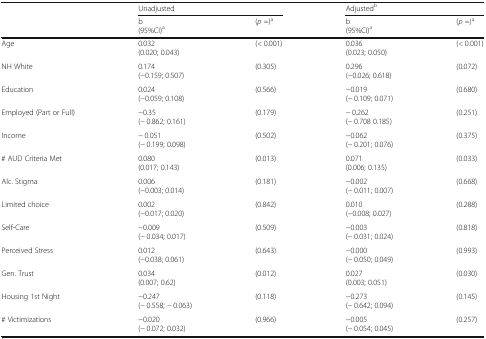
<table><thead><tr><td rowspan="2"></td><td colspan="2"><b>Unadjusted</b></td><td colspan="2"><b>Adjusted<sup>b</sup></b></td></tr><tr><td><b>b(95%CI)<sup>a</sup></b></td><td><b>(<i>p</i> =)<sup>a</sup></b></td><td><b>b(95%CI)<sup>a</sup></b></td><td><b>(<i>p</i> =)<sup>a</sup></b></td></tr></thead><tbody><tr><td>Age</td><td>0.032(0.020; 0.043)</td><td>(&lt; 0.001)</td><td>0.036(0.023; 0.050)</td><td>(&lt; 0.001)</td></tr><tr><td>NH White</td><td>0.174(−0.159; 0.507)</td><td>(0.305)</td><td>0.296(−0.026; 0.618)</td><td>(0.072)</td></tr><tr><td>Education</td><td>0.024(−0.059; 0.108)</td><td>(0.566)</td><td>−0.019(− 0.109; 0.071)</td><td>(0.680)</td></tr><tr><td>Employed (Part or Full)</td><td>−0.35(− 0.862; 0.161)</td><td>(0.179)</td><td>− 0.262(− 0.708 0.185)</td><td>(0.251)</td></tr><tr><td>Income</td><td>− 0.051(− 0.199; 0.098)</td><td>(0.502)</td><td>−0.062(− 0.201; 0.076)</td><td>(0.375)</td></tr><tr><td># AUD Criteria Met</td><td>0.080(0.017; 0.143)</td><td>(0.013)</td><td>0.071(0.006; 0.135)</td><td>(0.033)</td></tr><tr><td>Alc. Stigma</td><td>0.006(−0.003; 0.014)</td><td>(0.181)</td><td>−0.002(− 0.011; 0.007)</td><td>(0.668)</td></tr><tr><td>Limited choice</td><td>0.002(−0.017; 0.020)</td><td>(0.842)</td><td>0.010(−0.008; 0.027)</td><td>(0.288)</td></tr><tr><td>Self-Care</td><td>−0.009(− 0.034; 0.017)</td><td>(0.509)</td><td>−0.003(− 0.031; 0.024)</td><td>(0.818)</td></tr><tr><td>Perceived Stress</td><td>0.012(−0.038; 0.061)</td><td>(0.643)</td><td>−0.000(− 0.050; 0.049)</td><td>(0.993)</td></tr><tr><td>Gen. Trust</td><td>0.034(0.007; 0.62)</td><td>(0.012)</td><td>0.027(0.003; 0.051)</td><td>(0.030)</td></tr><tr><td>Housing 1st Night</td><td>−0.247(− 0.558; − 0.063)</td><td>(0.118)</td><td>−0.273(− 0.642; 0.094)</td><td>(0.145)</td></tr><tr><td># Victimizations</td><td>−0.020(− 0.072; 0.032)</td><td>(0.966)</td><td>−0.005(− 0.054; 0.045)</td><td>(0.257)</td></tr></tbody></table>